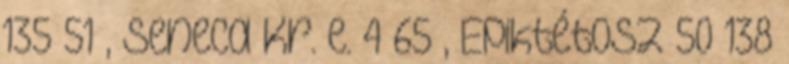
135–51 , Seneca Kr. e. 4–65 , Epiktétosz 50–138